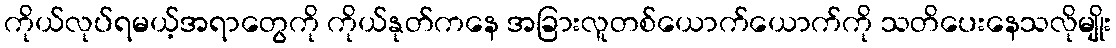
ကိုယ်လုပ်ရမယ့်အရာတွေကို ကိုယ်နုတ်ကနေ အခြားလူတစ်ယောက်ယောက်ကို သတိပေးနေသလိုမျိုး